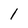
Character: 1